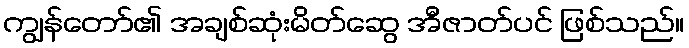
ကျွန်တော်၏ အချစ်ဆုံးမိတ်ဆွေ အီဇာတ်ပင် ဖြစ်သည်။